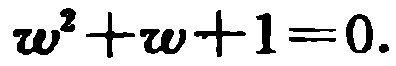
\(w^{2}+w + 1 = 0.\)